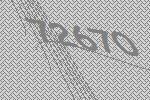
72670